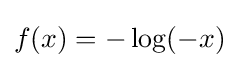
f(x)=-\log(-x)